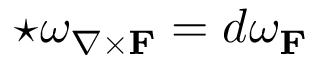
\star \omega _ { \nabla \times \mathbf { F } } = d \omega _ { \mathbf { F } }